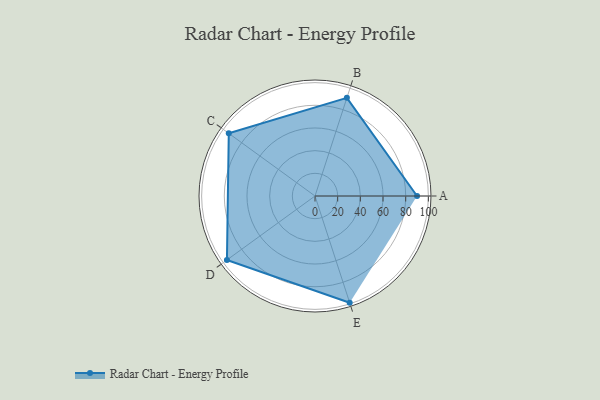
{"axis": {"x": "Skill", "y": "Score"}, "legend": ["Profile"], "data": [{"x": "A", "y": 90.0, "type": "Profile"}, {"x": "B", "y": 91.0, "type": "Profile"}, {"x": "C", "y": 94.0, "type": "Profile"}, {"x": "D", "y": 96.0, "type": "Profile"}, {"x": "E", "y": 99.0, "type": "Profile"}]}